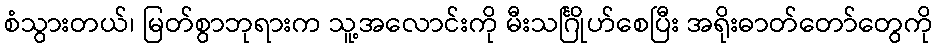
စံသွားတယ်၊ မြတ်စွာဘုရားက သူ့အလောင်းကို မီးသင်္ဂြိုဟ်စေပြီး အရိုးဓာတ်တော်တွေကို